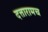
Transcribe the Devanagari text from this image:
दत्तारामच